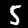
Digit: 5